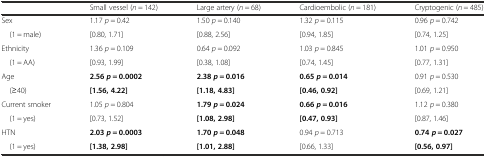
|  | Small vessel (n = 142) | Large artery (n = 68) | Cardioembolic (n = 181) | Cryptogenic (n = 485) |
 | --- | --- | --- | --- | --- |
 | Sex | 1.17 p = 0.42 | 1.50 p = 0.140 | 1.32 p = 0.115 | 0.96 p = 0.742 |
 | (1 = male) | [0.80, 1.71] | [0.88, 2.56] | [0.94, 1.85] | [0.74, 1.25] |
 | Ethnicity | 1.36 p = 0.109 | 0.64 p = 0.092 | 1.03 p = 0.845 | 1.01 p = 0.950 |
 | (1 = AA) | [0.93, 1.99] | [0.38, 1.08] | [0.74, 1.45] | [0.77, 1.31] |
 | Age | 2.56p = 0.0002 | 2.38p = 0.016 | 0.65p = 0.014 | 0.91 p = 0.530 |
 | (≥40) | [1.56, 4.22] | [1.18, 4.83] | [0.46, 0.92] | [0.69, 1.21] |
 | Current smoker | 1.05 p = 0.804 | 1.79p = 0.024 | 0.66p = 0.016 | 1.12 p = 0.380 |
 | (1 = yes) | [0.73, 1.52] | [1.08, 2.98] | [0.47, 0.93] | [0.87, 1.46] |
 | HTN | 2.03p = 0.0003 | 1.70p = 0.048 | 0.94 p = 0.713 | 0.74p = 0.027 |
 | (1 = yes) | [1.38, 2.98] | [1.01, 2.88] | [0.66, 1.33] | [0.56, 0.97] |